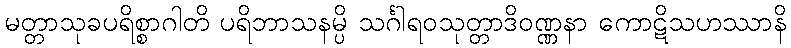
မတ္တာသုခပရိစ္စာဂါတိ ပရိဘာသနမ္ပိ သင်္ဂါရဝသုတ္တာဒိဝဏ္ဏနာ ကောဋိသဟဿာနိ